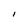
Character: I